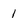
Character: 1